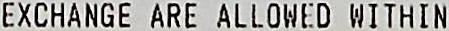
EXCHANGE ARE ALLOWED WITHIN